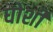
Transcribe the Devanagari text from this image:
घोशी